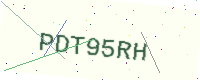
Text: PDT95RH